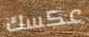
عكسك